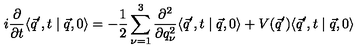
i \frac { \partial } { \partial t } \langle \vec { q } ^ { \prime } , t \mid \vec { q } , 0 \rangle = - \frac { 1 } { 2 } \sum _ { \nu = 1 } ^ { 3 } \frac { \partial ^ { 2 } } { \partial q _ { \nu } ^ { 2 } } \langle \vec { q } ^ { \prime } , t \mid \vec { q } , 0 \rangle + V ( \vec { q } ^ { \prime } ) \langle \vec { q } ^ { \prime } , t \mid \vec { q } , 0 \rangle